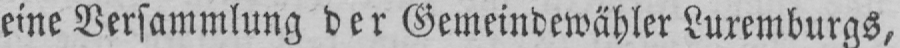
eine Versammlung der Gemeindewähler Luxemburgs,